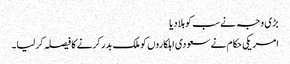
بڑی وجہ نے سب کو ہلا دیا
امریکی حکام نے سعودی اہلکاروں کو ملک بدر کرنے کا فیصلہ کرلیا۔